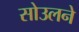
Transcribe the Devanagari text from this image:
सोउलने